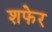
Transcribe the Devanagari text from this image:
शफेर